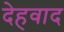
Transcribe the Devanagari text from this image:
देहवाद